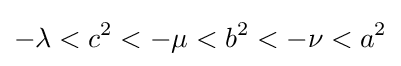
-\lambda <c^{2}<-\mu <b^{2}<-\nu <a^{2}